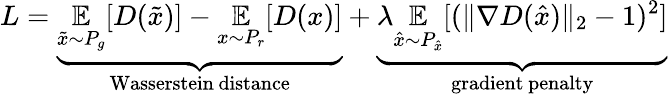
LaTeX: L=\underbrace{\underset{\tilde{x}\sim P_{g}}{\mathbb{E}}[D(\tilde{x})]-\underset{x\sim P_{r}}{\mathbb{E}}[D(x)]}_{\mathrm{Wasserstein\, distance}}+\underbrace{\lambda\underset{\hat{x}\sim P_{\hat{x}}}{\mathbb{E}}[(\lVert\nabla D(\hat{x})\rVert_{2}-1)^{2}]}_{\mathrm{gradient\, penalty}}